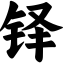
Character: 铎